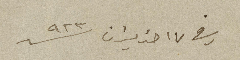
في ١٧ حزيران سنة ٩٢٣